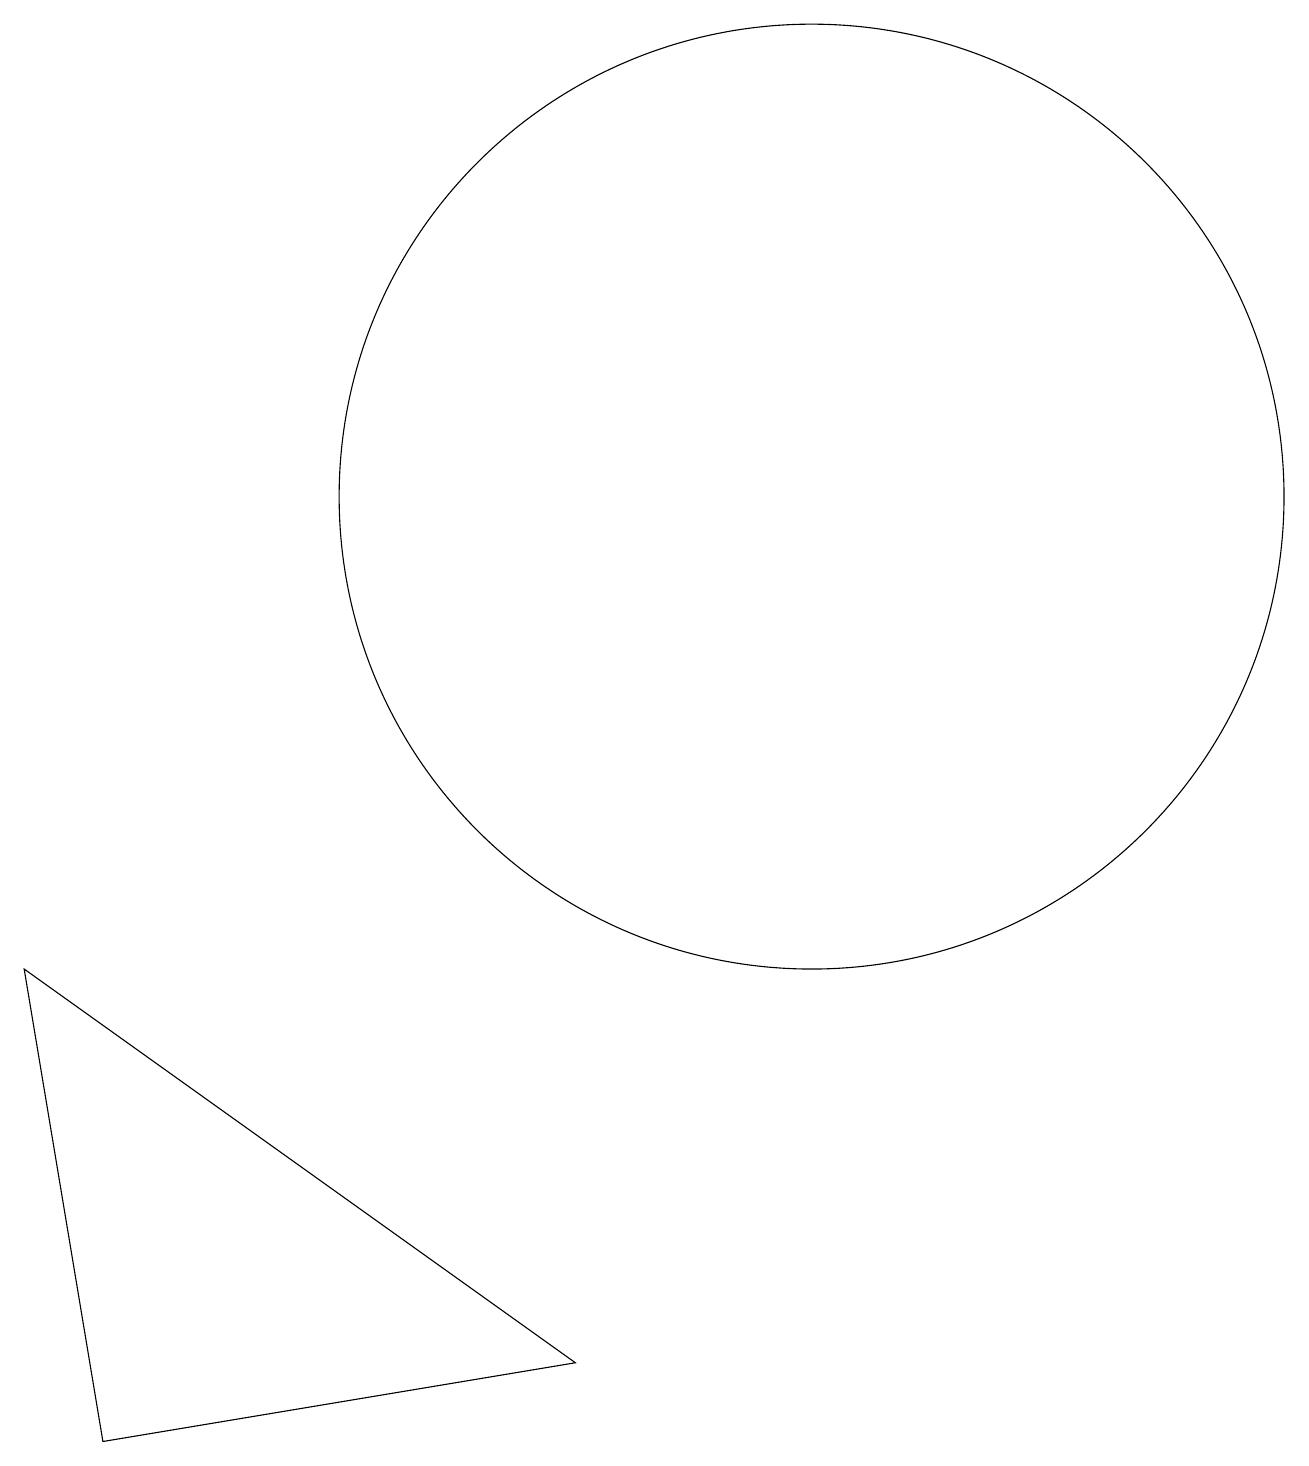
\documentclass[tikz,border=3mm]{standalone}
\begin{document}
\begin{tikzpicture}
\draw (10,12) circle (6);
\draw (10,12) circle (0);
\draw (0,6) -- (7,1) -- (1,0) -- cycle;
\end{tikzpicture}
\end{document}